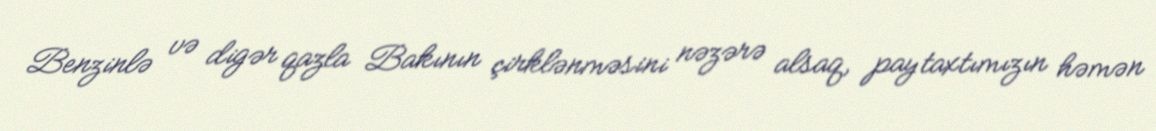
Benzinlə və digər qazla Bakının çirklənməsini nəzərə alsaq, paytaxtımızın həmən